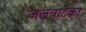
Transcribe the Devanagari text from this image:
जलत्राटका